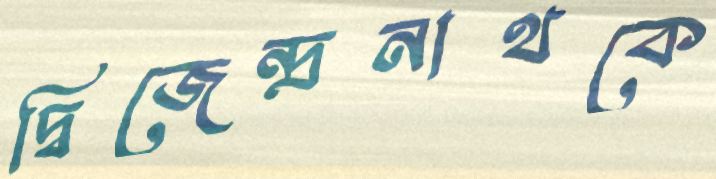
দ্বিজেন্দ্রনাথকে